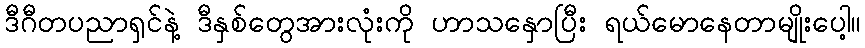
ဒီဂီတပညာရှင်နဲ့ ဒီနှစ်တွေအားလုံးကို ဟာသနှောပြီး ရယ်မောနေတာမျိုးပေါ့။